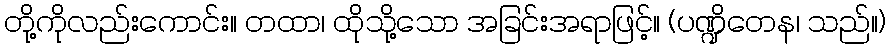
တို့ကိုလည်းကောင်း။ တထာ၊ ထိုသို့သော အခြင်းအရာဖြင့်။ (ပဏ္ဍိတေန၊ သည်။)